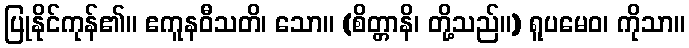
ပြုနိုင်ကုန်၏။ ဧကူနဝီသတိ၊ သော။ (စိတ္တာနိ၊ တို့သည်။) ရူပမေဝ၊ ကိုသာ။